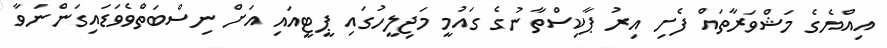
އިއްޔެގެ މަޝްވަރާތައް ފެށި އިރު ޕާކިސްތާނުގެ ގައުމީ މަޖިލީހުގައި ޕީޓީއައި އަށް ނިސްބަތްވެވަޑައިގަންނަވާ